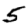
Digit: 5